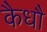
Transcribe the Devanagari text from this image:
कैधौ